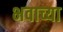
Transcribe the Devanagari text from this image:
भवाच्या